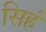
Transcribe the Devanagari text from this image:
सिहं